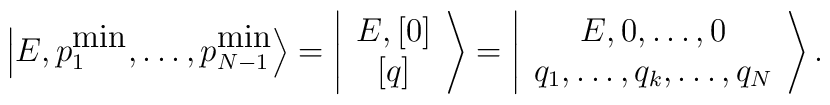
\left\vert E, p_1^{\mbox{min}},\ldots, p_{N-1}^{\mbox{min}}\right>=\left\vert\begin{array}{c} E, \left[0\right]\\ \left[ q \right] \end{array}\right>=\left\vert \begin{array}{c} E, 0, \ldots , 0 \\ q_1,\ldots,q_k,\ldots,q_{N} \end{array} \right>.